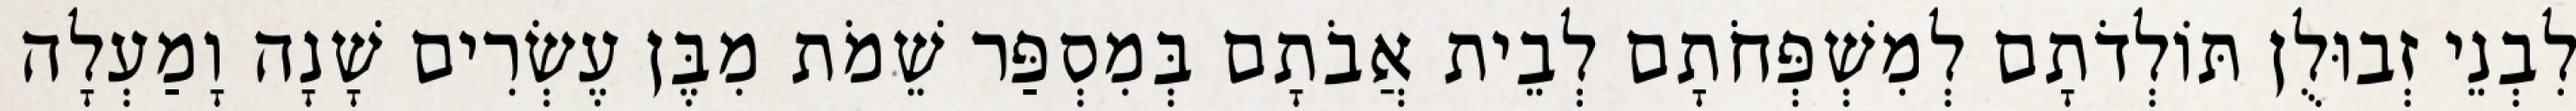
לִבְנֵי זְבוּלֻן תּוֹלְדֹתָם לְמִשְׁפְּחֹתָם לְבֵית אֲבֹתָם בְּמִסְפַּר שֵׁמֹת מִבֶּן עֶשְׂרִים שָׁנָה וָמַעְלָה